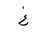
Letter: _gayn